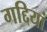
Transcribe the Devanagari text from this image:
गद्दियां